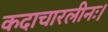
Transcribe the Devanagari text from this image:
कदाचारलीनः।